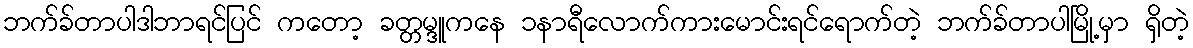
ဘက်ခ်တာပါဒါဘာရင်ပြင် ကတော့ ခတ္တမ္ဒူကနေ ၁နာရီလောက်ကားမောင်းရင်ရောက်တဲ့ ဘက်ခ်တာပါမြို့မှာ ရှိတဲ့